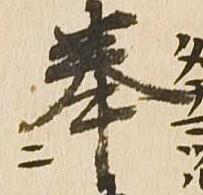
奉